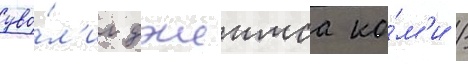
уво́л'ил джеимса ко́м'и /